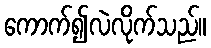
ကောက်၍လဲလိုက်သည်။